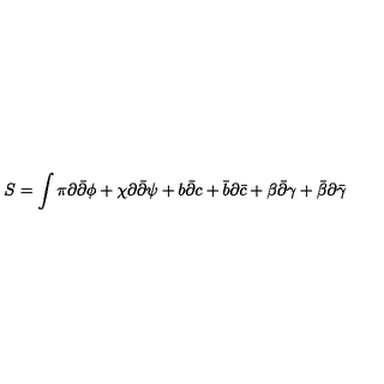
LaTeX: S = \int \pi \partial { \bar { \partial } } \phi + \chi \partial { \bar { \partial } } \psi + b { \bar { \partial } } c + { \bar { b } } \partial { \bar { c } } + \beta { \bar { \partial } } \gamma + { \bar { \beta } } \partial { \bar { \gamma } }